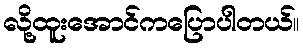
လို့ထူးအောင်ကပြောပါတယ်။